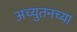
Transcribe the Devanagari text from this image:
अच्युतनच्या